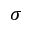
\sigma